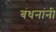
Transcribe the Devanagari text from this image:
बंधनांनी